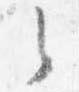
々